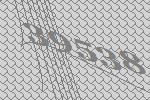
39538